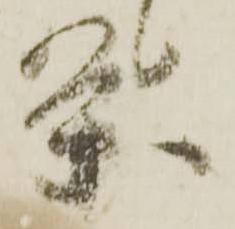
条